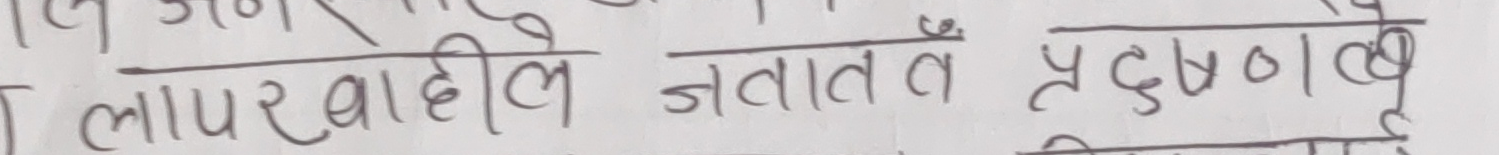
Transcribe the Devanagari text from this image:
लापरबाहींले नतातवँ प्रदूषणबखीं